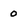
Character: 0